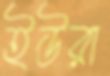
ইউরা